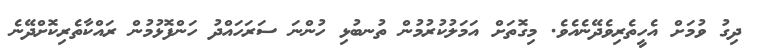
ދިގު ވުމަށް އެހީތެރިވެދޭނެއެވެ. މިގޮތަށް އަމަލުކުރުމުން ތުނބުޅި ހުންނަ ސަރަހައްދު ހަންފޮޅުމުން ރައްކާތެރިކޮށްދޭނެ